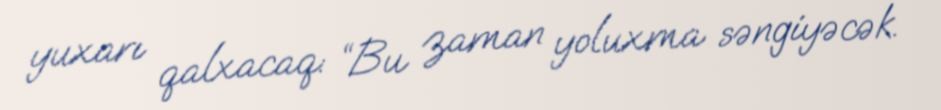
yuxarı qalxacaq: “Bu zaman yoluxma səngiyəcək.